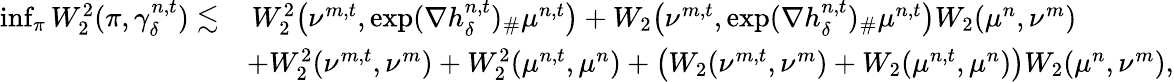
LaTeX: \begin{array}{rl}{\operatorname*{inf}_{\pi}W_{2}^{2}(\pi,\gamma_{\delta}^{n,t})\lesssim}&{\, W_{2}^{2}\big(\nu^{m,t},\exp(\nabla h_{\delta}^{n,t})_{\# }\mu^{n,t}\big)+W_{2}\big(\nu^{m,t},\exp(\nabla h_{\delta}^{n,t})_{\# }\mu^{n,t}\big)W_{2}(\mu^{n},\nu^{m})}\\ &{+W_{2}^{2}(\nu^{m,t},\nu^{m})+W_{2}^{2}(\mu^{n,t},\mu^{n})+\big(W_{2}(\nu^{m,t},\nu^{m})+W_{2}(\mu^{n,t},\mu^{n})\big)W_{2}(\mu^{n},\nu^{m}),}\end{array}